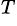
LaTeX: ^T